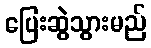
ပြေးဆွဲသွားမည်